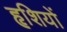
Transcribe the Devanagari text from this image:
हृशियों